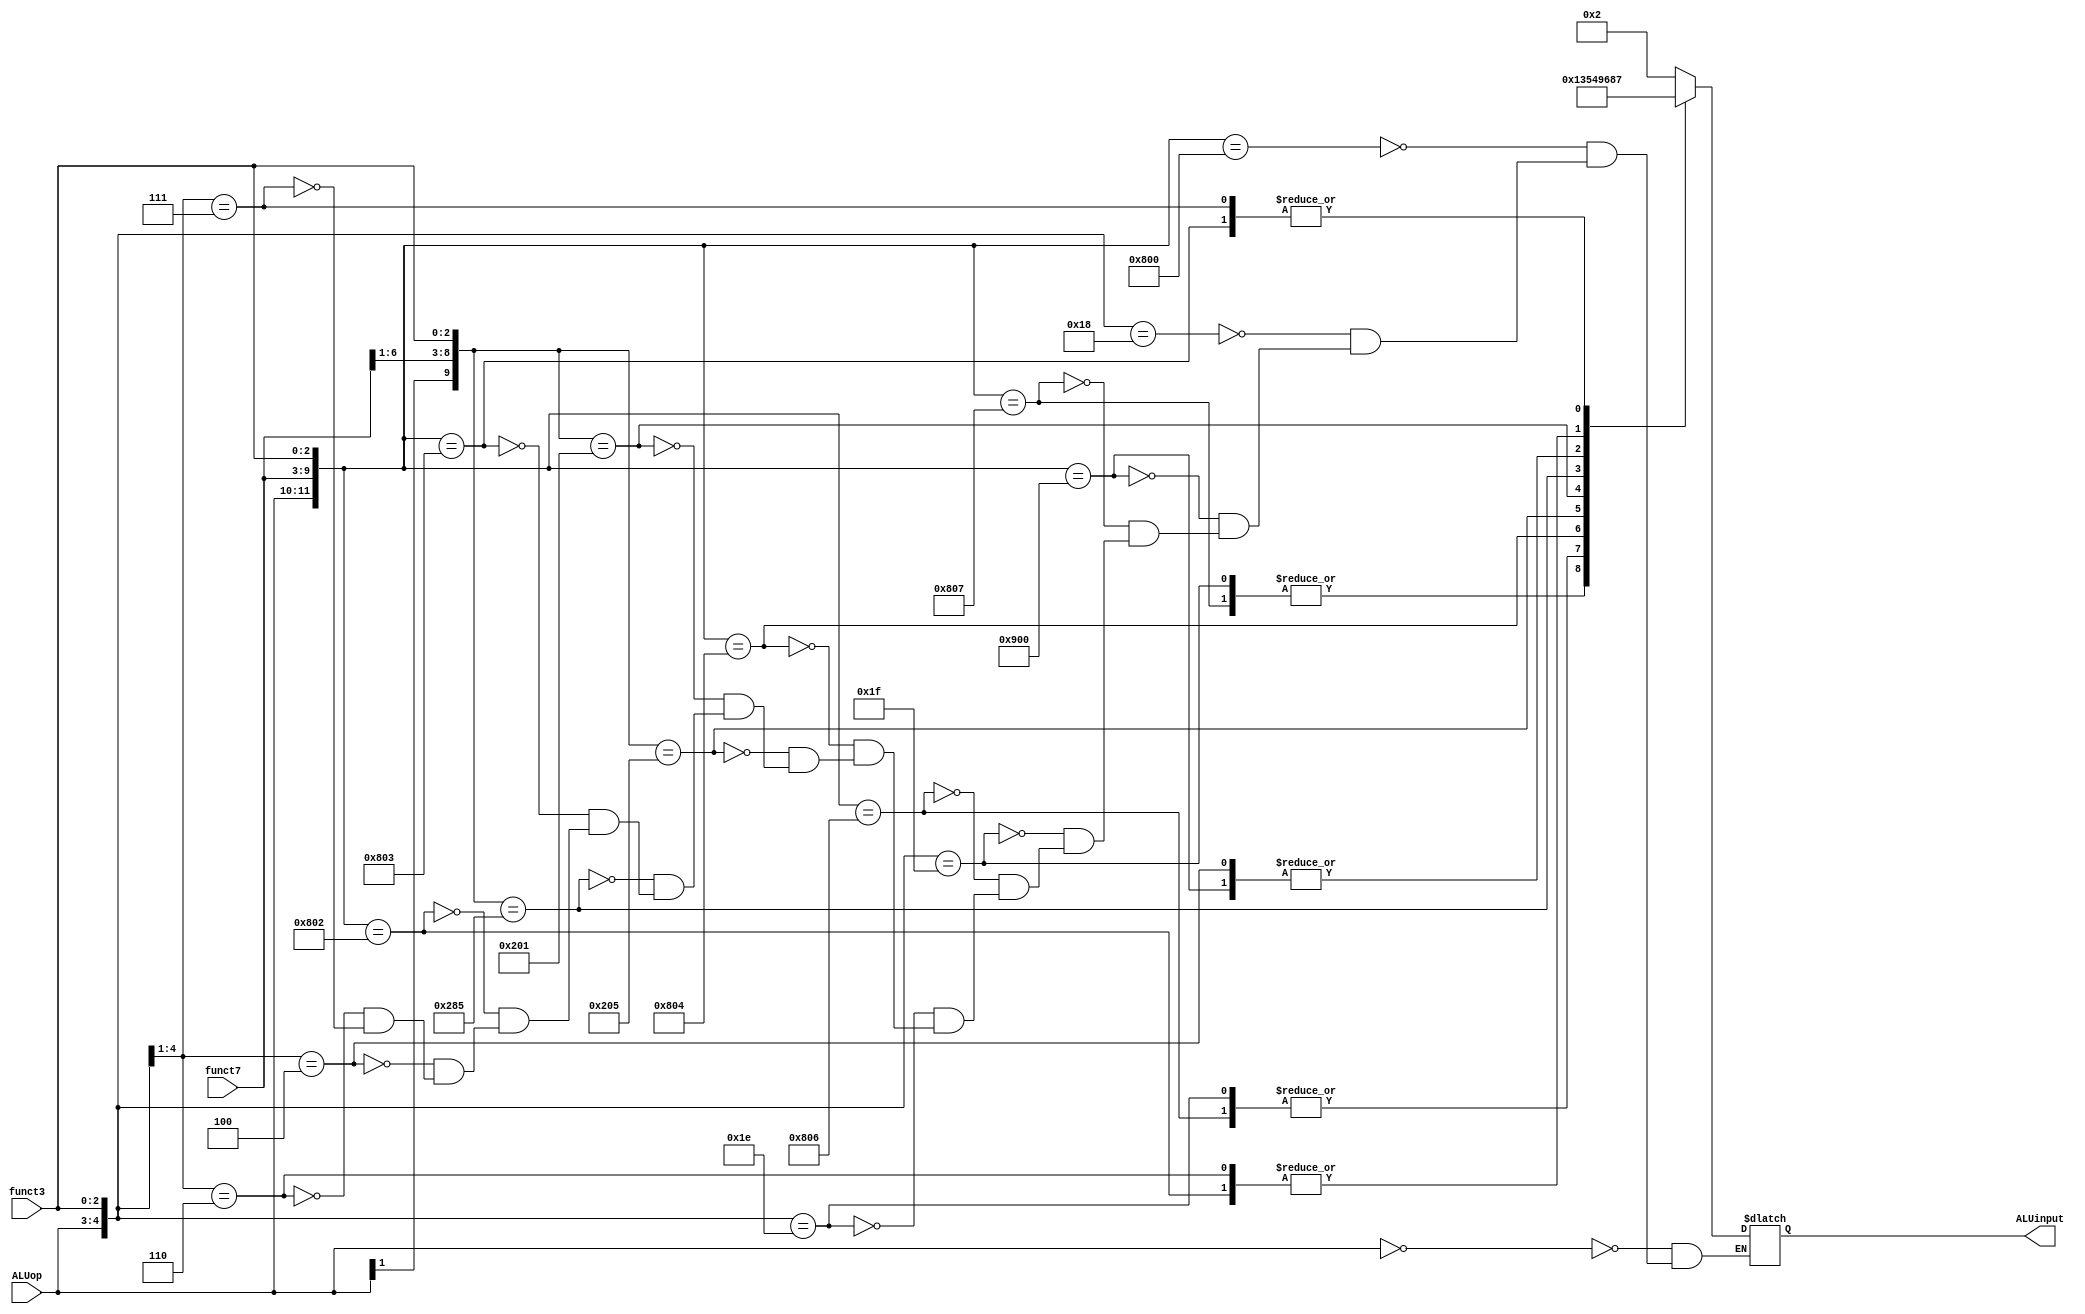
module ALUcontrol(input [1:0] ALUop,
                  input [6:0] funct7,
                  input [2:0] funct3,
                  output reg [3:0] ALUinput);
                  
    always@(ALUop, funct7, funct3) begin
        casex({ALUop, funct7, funct3})
            12'b00xxxxxxxxxx: ALUinput = 4'b0010; //lw, sw (+)
            12'b100000000000: ALUinput = 4'b0010; //add (+)
            12'b11xxxxxxx000: ALUinput = 4'b0010; //addi (+)
            12'b100100000000: ALUinput = 4'b0110; //sub (-)
            12'b100000000111: ALUinput = 4'b0000; //and (&)
            12'b11xxxxxxx111: ALUinput = 4'b0000; //andi (&)
            12'b100000000110: ALUinput = 4'b0001; //or (|)
            12'b11xxxxxxx110: ALUinput = 4'b0001; //ori (|)
            12'b100000000100: ALUinput = 4'b0011; //xor (^)  
            12'b1x000000x101: ALUinput = 4'b0101; //srl, srli (>>)
            12'b1x000000x001: ALUinput = 4'b0100; //sll, slli (<<)
            12'b1x010000x101: ALUinput = 4'b1001; //sra, srai (>>>)
            12'b100000000011: ALUinput = 4'b0111; //sltu (cmp unsigned)
            12'b100000000010: ALUinput = 4'b1000; //slt (cmp signed)
            12'b01xxxxxxx00x: ALUinput = 4'b0110; //beq, bne (-)
            12'b01xxxxxxx10x: ALUinput = 4'b1000; //blt, bge (cmp signed)
            12'b01xxxxxxx11x: ALUinput = 4'b0111; //bltu, bgeu (cmp unsigned)
        endcase 
    end
               
endmodule